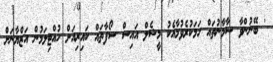
' ބޭނުންވާ ސާމާނުތައް ހަމަކުރެވުމާއެކު މީޝެލް އައިސް ސޯފާތައް ކައިރިއަށް ހުއްޓިލަމުން އަޒްޔާނަށް